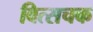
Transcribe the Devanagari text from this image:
वित्सचक